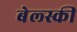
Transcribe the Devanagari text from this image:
बेल्स्की